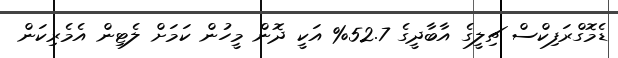
ޑެމޮގްރަފިކްސް ޗިލީގެ އާބާދީގެ 52.7% އަކީ ދޮން މީހުން ކަމަށް ލެޓިން އެމެރިކަން